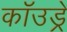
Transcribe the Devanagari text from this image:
कॉउड्रे